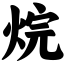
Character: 烷